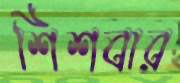
শিশবার